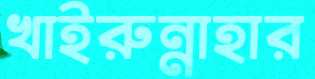
খাইরুন্নাহার